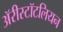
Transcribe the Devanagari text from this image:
ॲरीस्टॉटलियन